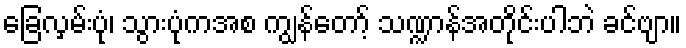
ခြေလှမ်းပုံ၊ သွားပုံကအစ ကျွန်တော့် သဏ္ဍာန်အတိုင်းပါဘဲ ခင်ဗျာ။